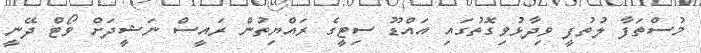
މުސްތަފާ ލުތުފީ ވިދާޅުވިގޮތުގައި އައްޑޫ ސިޓީގެ ރައްޔިތުން ރައީސް ނަޝީދަށް ވޯޓް ދޭނީ